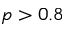
p > 0 . 8